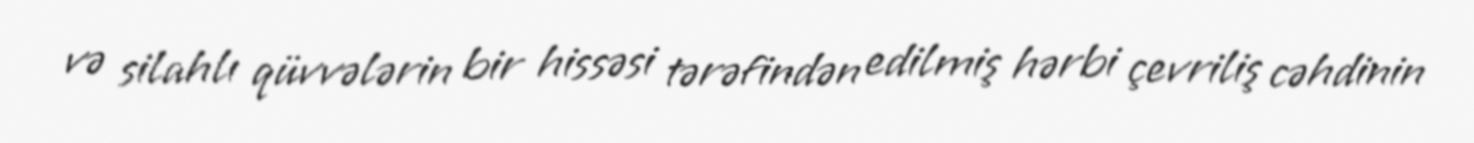
və silahlı qüvvələrin bir hissəsi tərəfindən edilmiş hərbi çevriliş cəhdinin